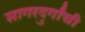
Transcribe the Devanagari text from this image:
सागरदुर्गांची